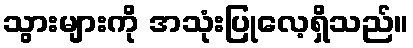
သွားများကို အသုံးပြုလေ့ရှိသည်။